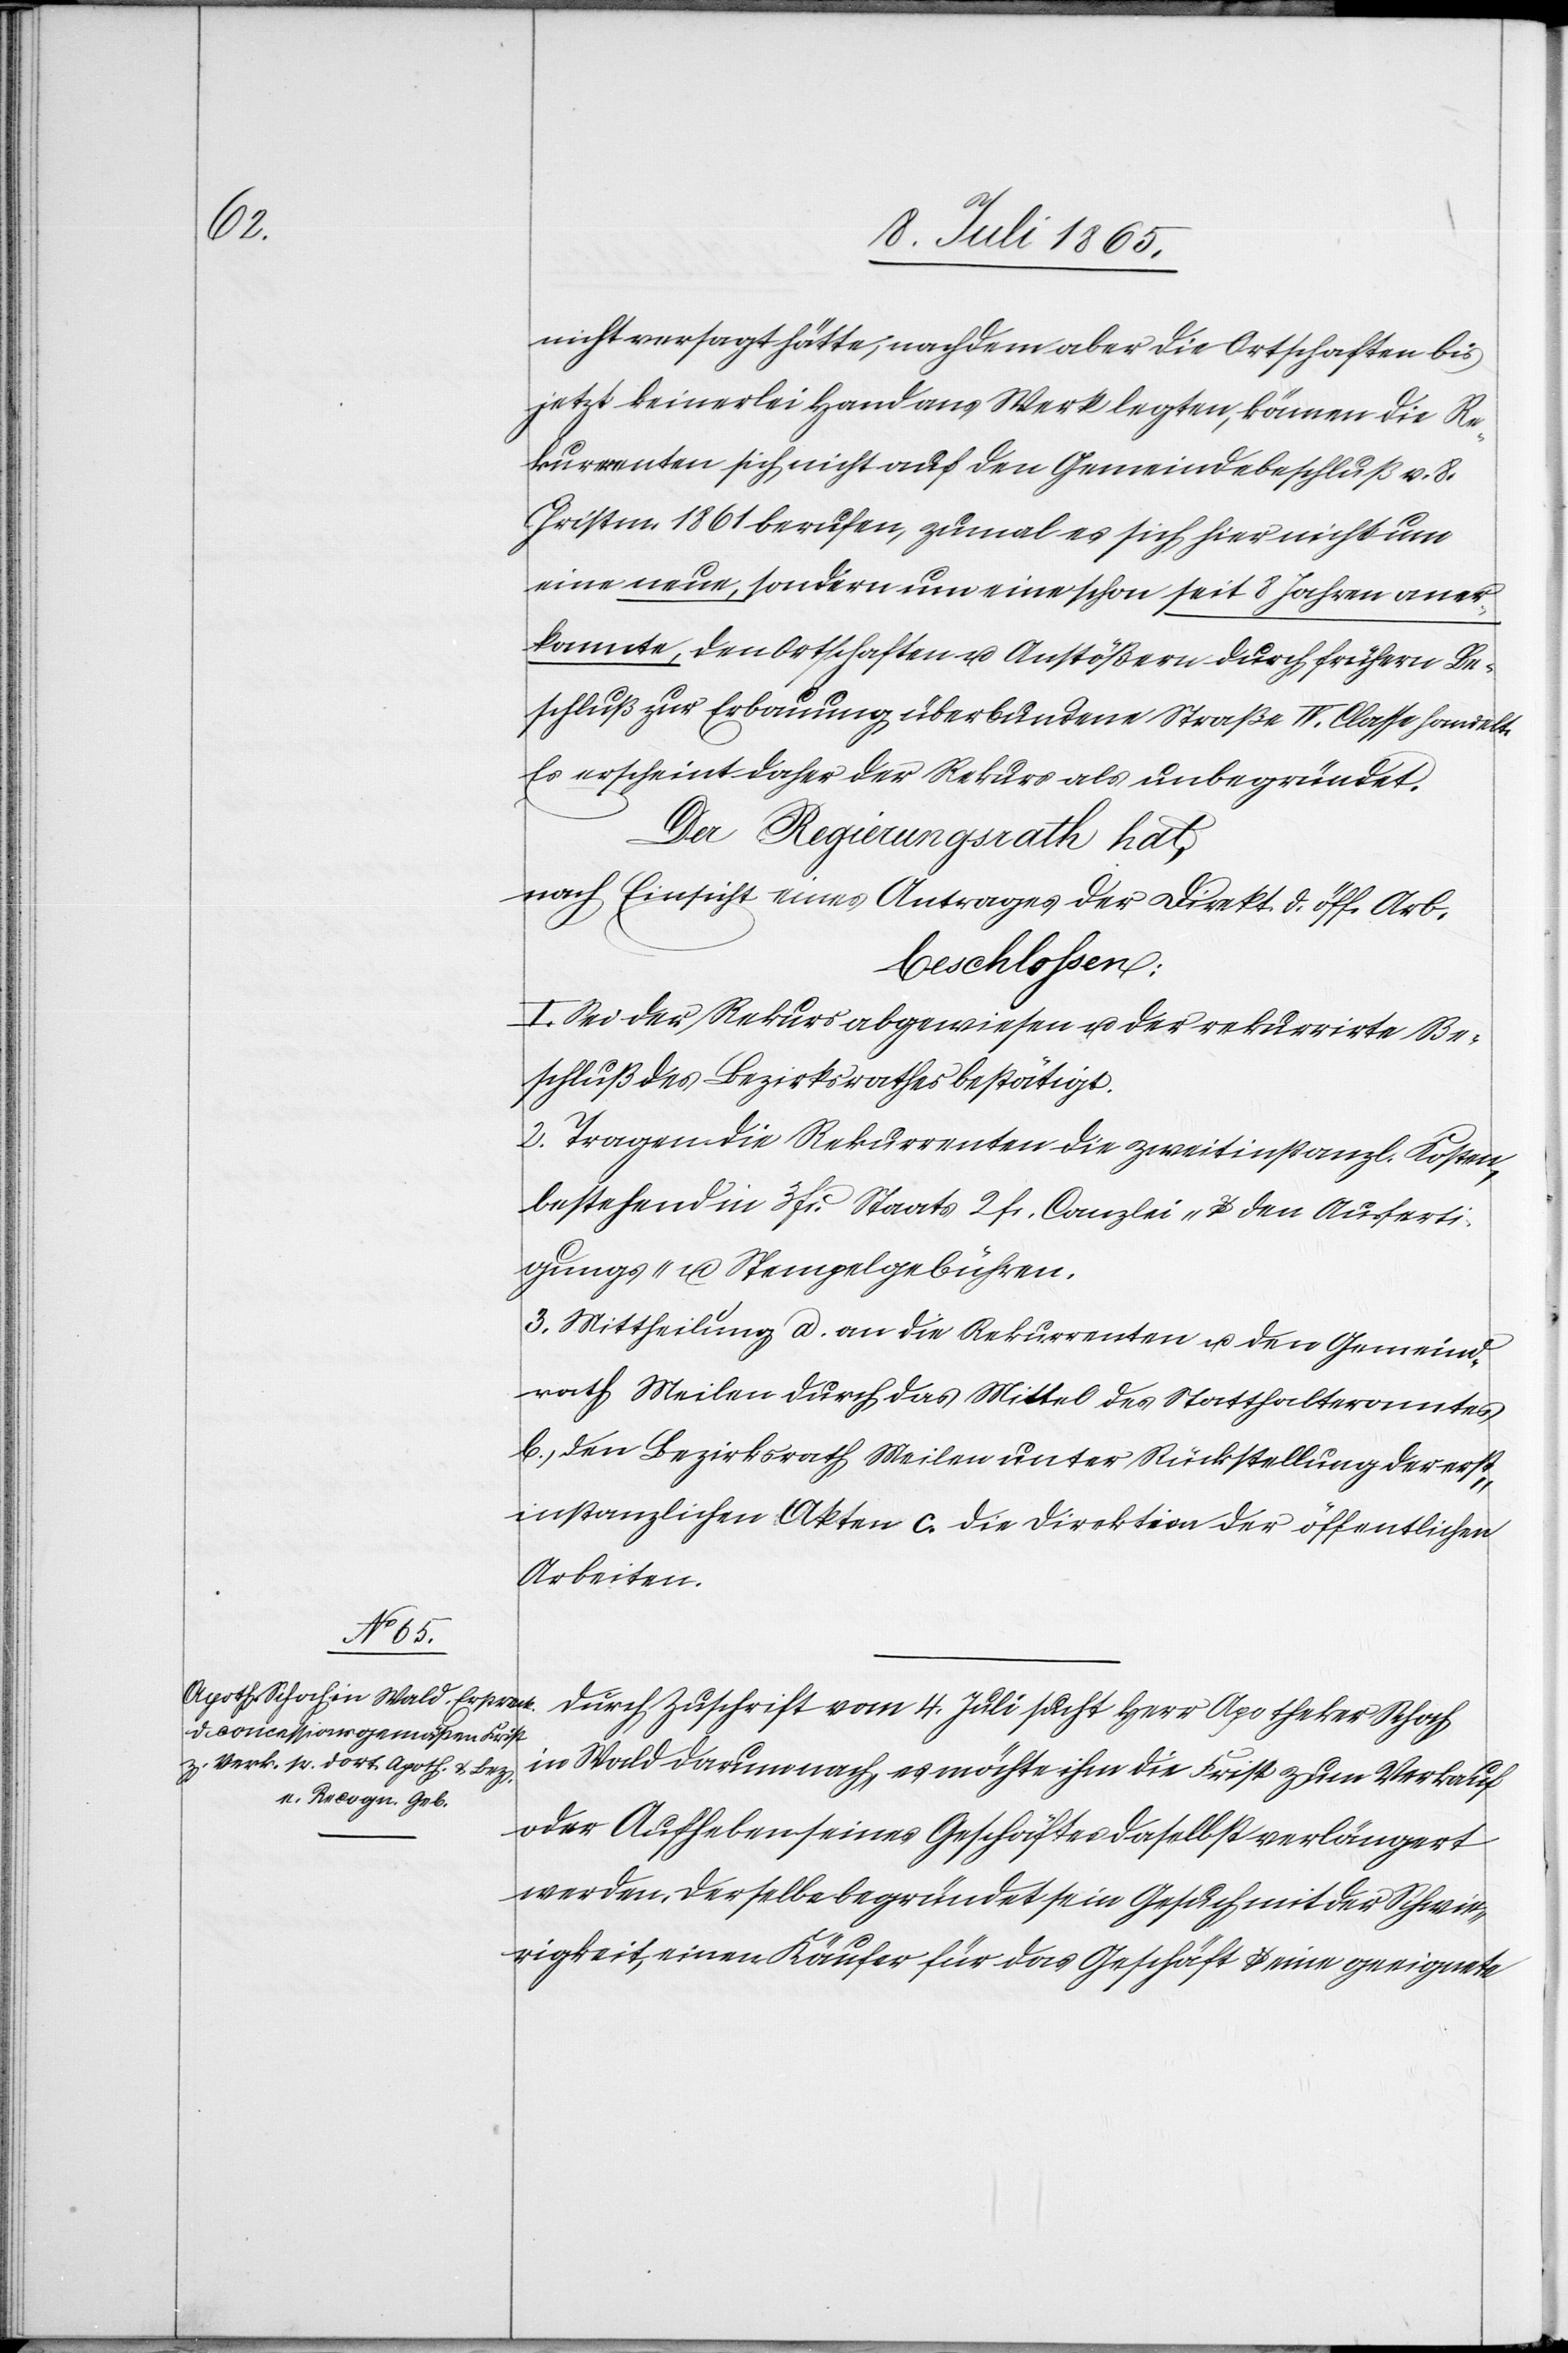
nicht versagt hätte, nachdem aber die Ortschaften bis
jetzt keinerlei Hand ans Werk legten, können die Re¬
kurrenten sich nicht auf den Gemeindebeschluß v. 8.
Christm. 1861 berufen, zumal es sich hier nicht um
eine neue, sondern um eine schon seit 8 Jahren aner¬
kannte, den Ortschaften u. Anstößern durch frühern Be¬
schluß zur Erbauung überbundene Straße IV. Classe handelt.
Es erscheint daher der Rekurs als unbegründet.
Der Regierungsrath hat,
nach Einsicht eines Antrages der Direkt. d. öff. Arb.
beschlossen:
I. Sei der Rekurs abgewiesen u. der rekurrirte Be¬
schluß des Bezirksrathes bestätigt.
2. Tragen die Rekurrenten die zweitinstanzl. Kosten,
bestehend in 3 fr. Staats[-,] 2 fr. Canzlei- u. den Ausferti¬
gungs- u. Stempelgebühren.
3. Mittheilung a. an die Rekurrenten u. den Gemeind¬
rath Meilen durch das Mittel des Statthalteramtes[,]
b. den Bezirksrath Meilen unter Rückstellung der erst¬
instanzlichen Akten, c. die Direktion der öffentlichen
Arbeiten.
Durch Zuschrift vom 4. Juli sucht Herr Apotheker Schoch
in Wald darum nach, es möchte ihm die Frist zum Verkauf
oder Aufheben seines Geschäftes daselbst verlängert
werden. Derselbe begründet sein Gesuch mit der Schwie¬
rigkeit, einen Käufer für das Geschäft und eine geeignete